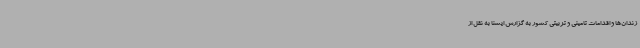
زندان‌ها و اقدامات تامینی و تربیتی کشور به گزارش ایسنا به نقل از